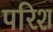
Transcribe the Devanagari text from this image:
परिश